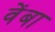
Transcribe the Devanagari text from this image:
वेंबा